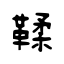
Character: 鞣